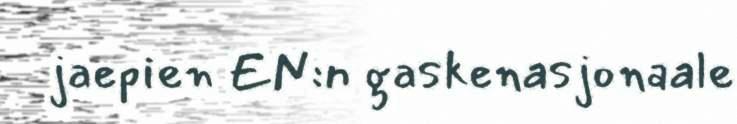
jaepien EN:n gaskenasjonaale